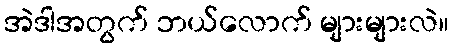
အဲဒါအတွက် ဘယ်လောက် များများလဲ။